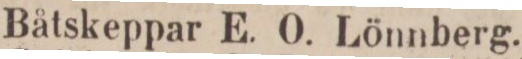
Båtskeppar E. O. Lönnberg.